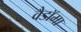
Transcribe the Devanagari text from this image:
वैडाॅमा